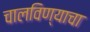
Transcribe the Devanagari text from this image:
चालविण्‍याचा